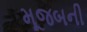
મૂજબની